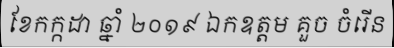
ខែកក្កដា ឆ្នាំ ២០១៩ ឯកឧត្តម គួច ចំរើន